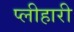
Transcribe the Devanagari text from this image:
प्लीहारी